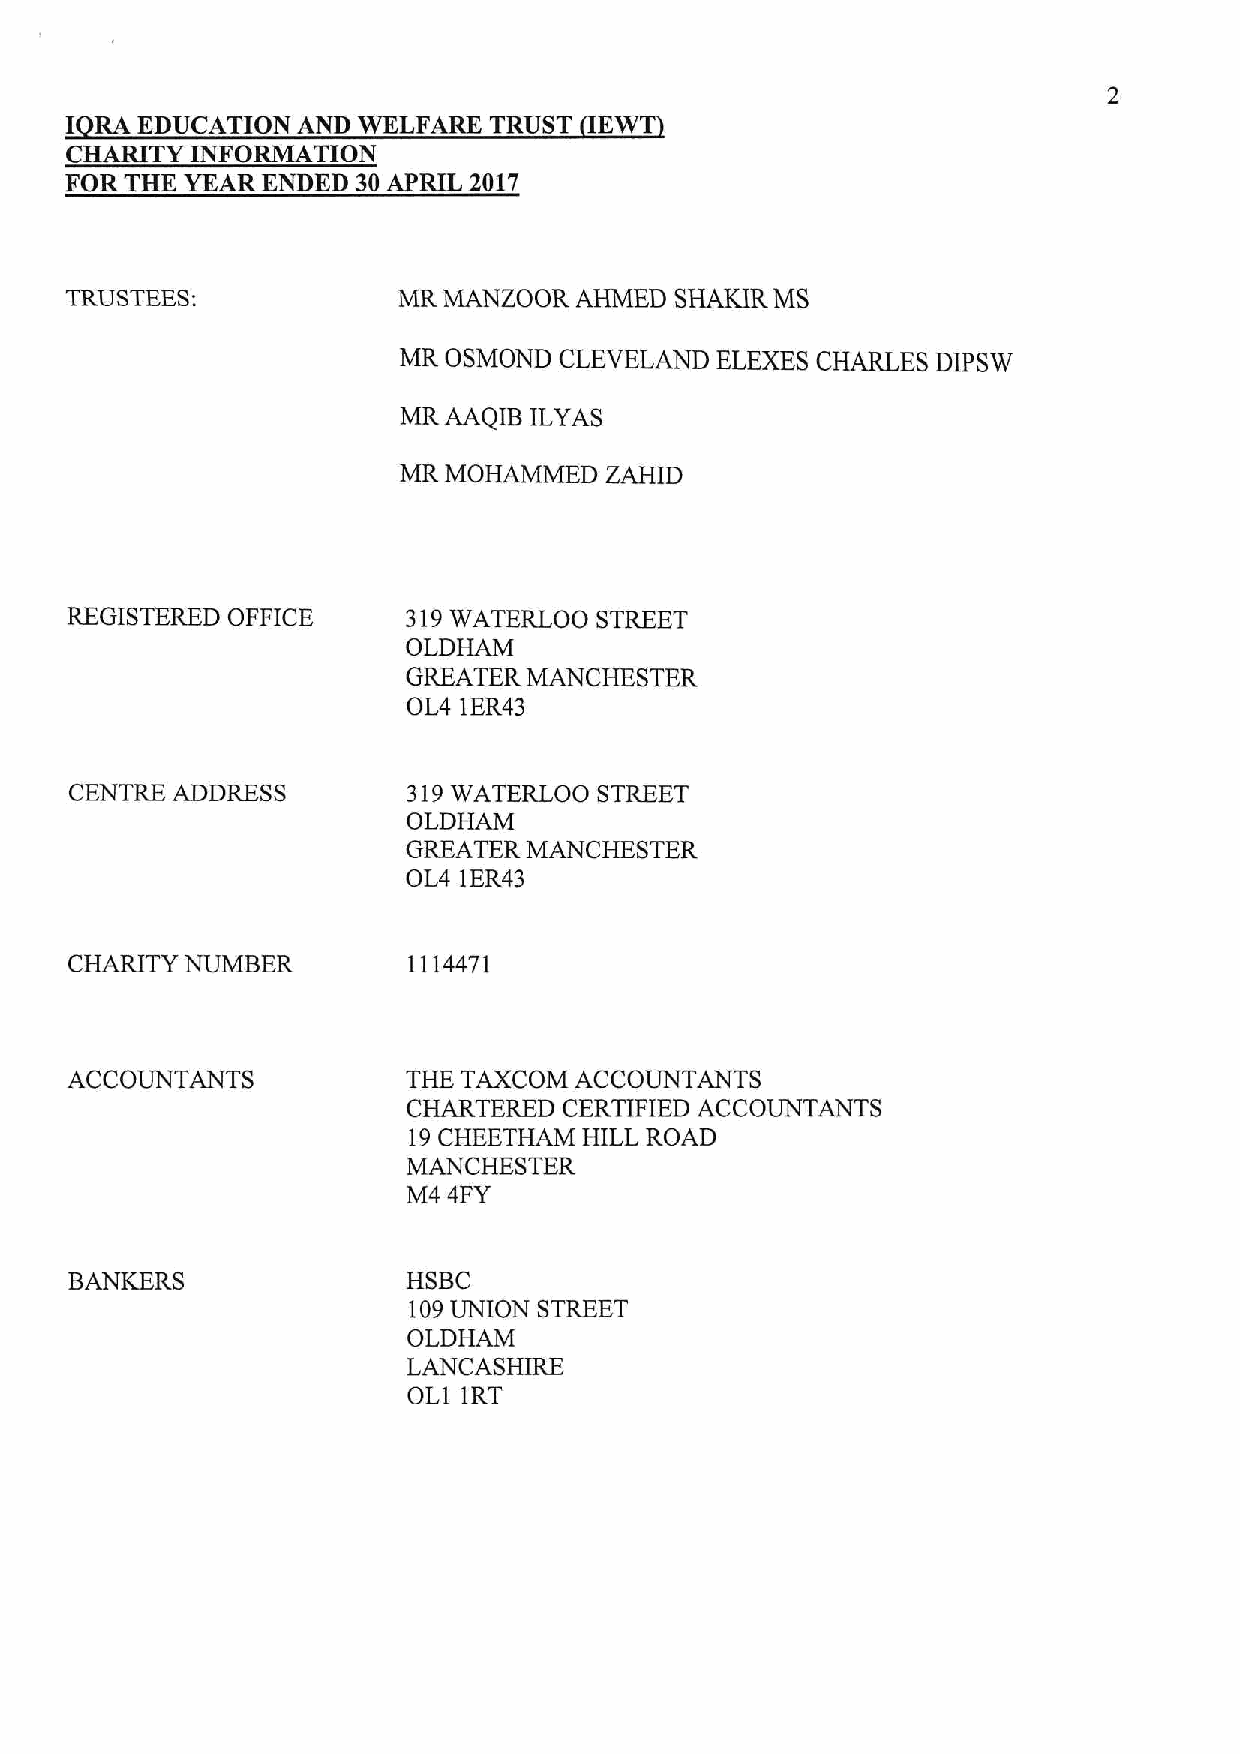
I RA EDUCATION  AND WELFARE TRUST   EWT
 CHARITY  INFORMATION
 FOR THE YEAR ENDED  30APRIL 2017
 TRUSTEES:             MR MANZOOR  AHMED  SHAKIR MS
 MR OSMOND  CLEVELAND ELEXESCHARLES  DIPSW
 MR AAQIB ILYAS
 MR MOHAMMED   ZAHID
 REGISTERED OFFICE      319WATERLOO STREET
 OLDHAM
 GREATER MANCHESTER
 OL4 lER43
 CENTRE ADDRESS        319WATERLOO  STREET
 OLDHAM
 GREATER MANCHESTER
 OL4 1ER43
 CHARITY NUMBER        1114471
 ACCOUNTANTS            THE TAXCOM ACCOUNTANTS
 CHARTERED CERTIFIED ACCOUNTANTS
 19CHEETHAM  HILL ROAD
 MANCHESTER
 M4 4FY
 BANKERS               HSBC
 109UNION STREET
 OLDHAM
 LANCASHIRE
 OL1 1RT